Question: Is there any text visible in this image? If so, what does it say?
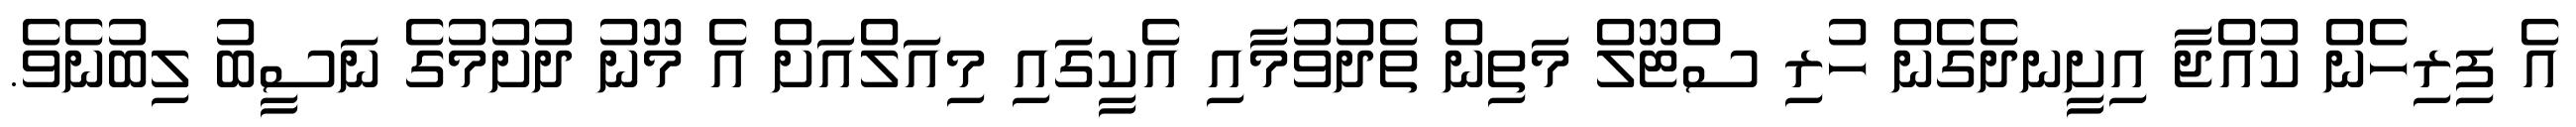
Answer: އެ ފިރިހެން ކުއްޖާ އިށީނދެގެން ހުރި ސްޓޫލް މަތިން ތެދުވުމާއި އެކީގައި މިއަލްއަށް އެ މޫނު ދުށުމުގެ ނަސީބު ލިބުނެވެ.